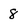
Character: 8